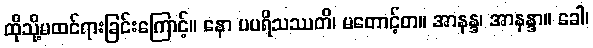
ထိုသို့မထင်ရားခြင်းကြောင့်။ နော ပပရိသဿတိ၊ မတောင့်တ။ အာနန္ဒ၊ အာနန္ဒာ။ ခေါ၊